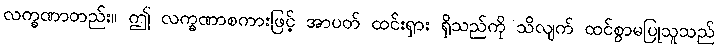
လက္ခဏာတည်း။ ဤ လက္ခဏာစကားဖြင့် အာပတ် ထင်းရှား ရှိသည်ကို သိလျက် ထင်စွာမပြုသူသည်